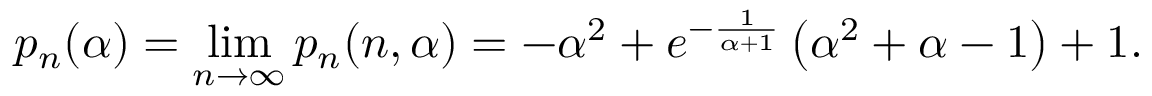
p _ { n } ( \alpha ) = \operatorname* { l i m } _ { n \to \infty } p _ { n } ( n , \alpha ) = - \alpha ^ { 2 } + e ^ { - \frac { 1 } { \alpha + 1 } } \left( \alpha ^ { 2 } + \alpha - 1 \right) + 1 .